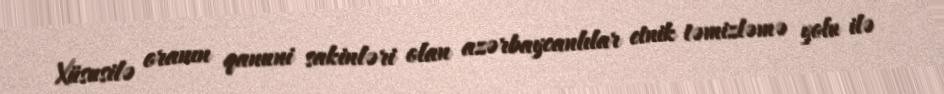
Xüsusilə oranın qanuni sakinləri olan azərbaycanlılar etnik təmizləmə yolu ilə